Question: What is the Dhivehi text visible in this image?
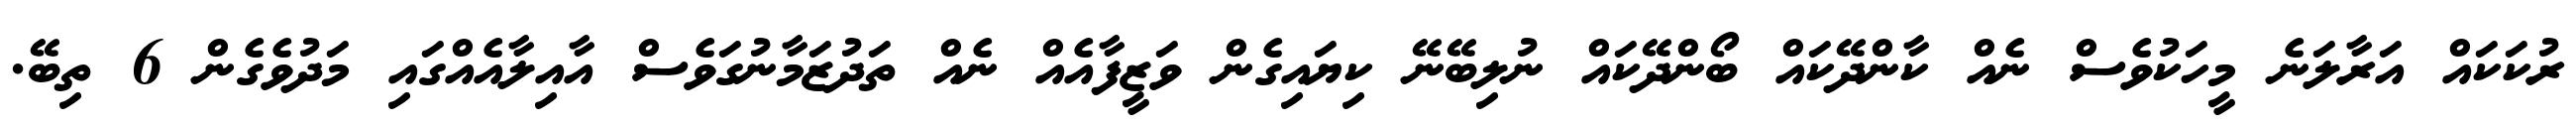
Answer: ރުކަކައް އަރާލަނެ މީހަކުވެސް ނެއް ކާންދޭކައް ބޯންދޭކައް ނުލިބޭނޭ ކިޔައިގެން ވަޒީފާއެއް ނެއް ތަދުޒަމާނުގަވެސް އާއިލާއެއްގައި މަދުވެގެން 6 ތިބޭ.